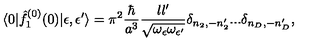
\langle 0 | { \hat { f } } _ { 1 } ^ { ( 0 ) } ( 0 ) | \epsilon , \epsilon ^ { \prime } \rangle = \pi ^ { 2 } { \frac { \hbar } { a ^ { 3 } } } { \frac { l l ^ { \prime } } { \sqrt { \omega _ { \epsilon } \omega _ { \epsilon ^ { \prime } } } } } \delta _ { n _ { 2 } , - n _ { 2 } ^ { \prime } } . . . \delta _ { n _ { D } , - n _ { D } ^ { \prime } } ,